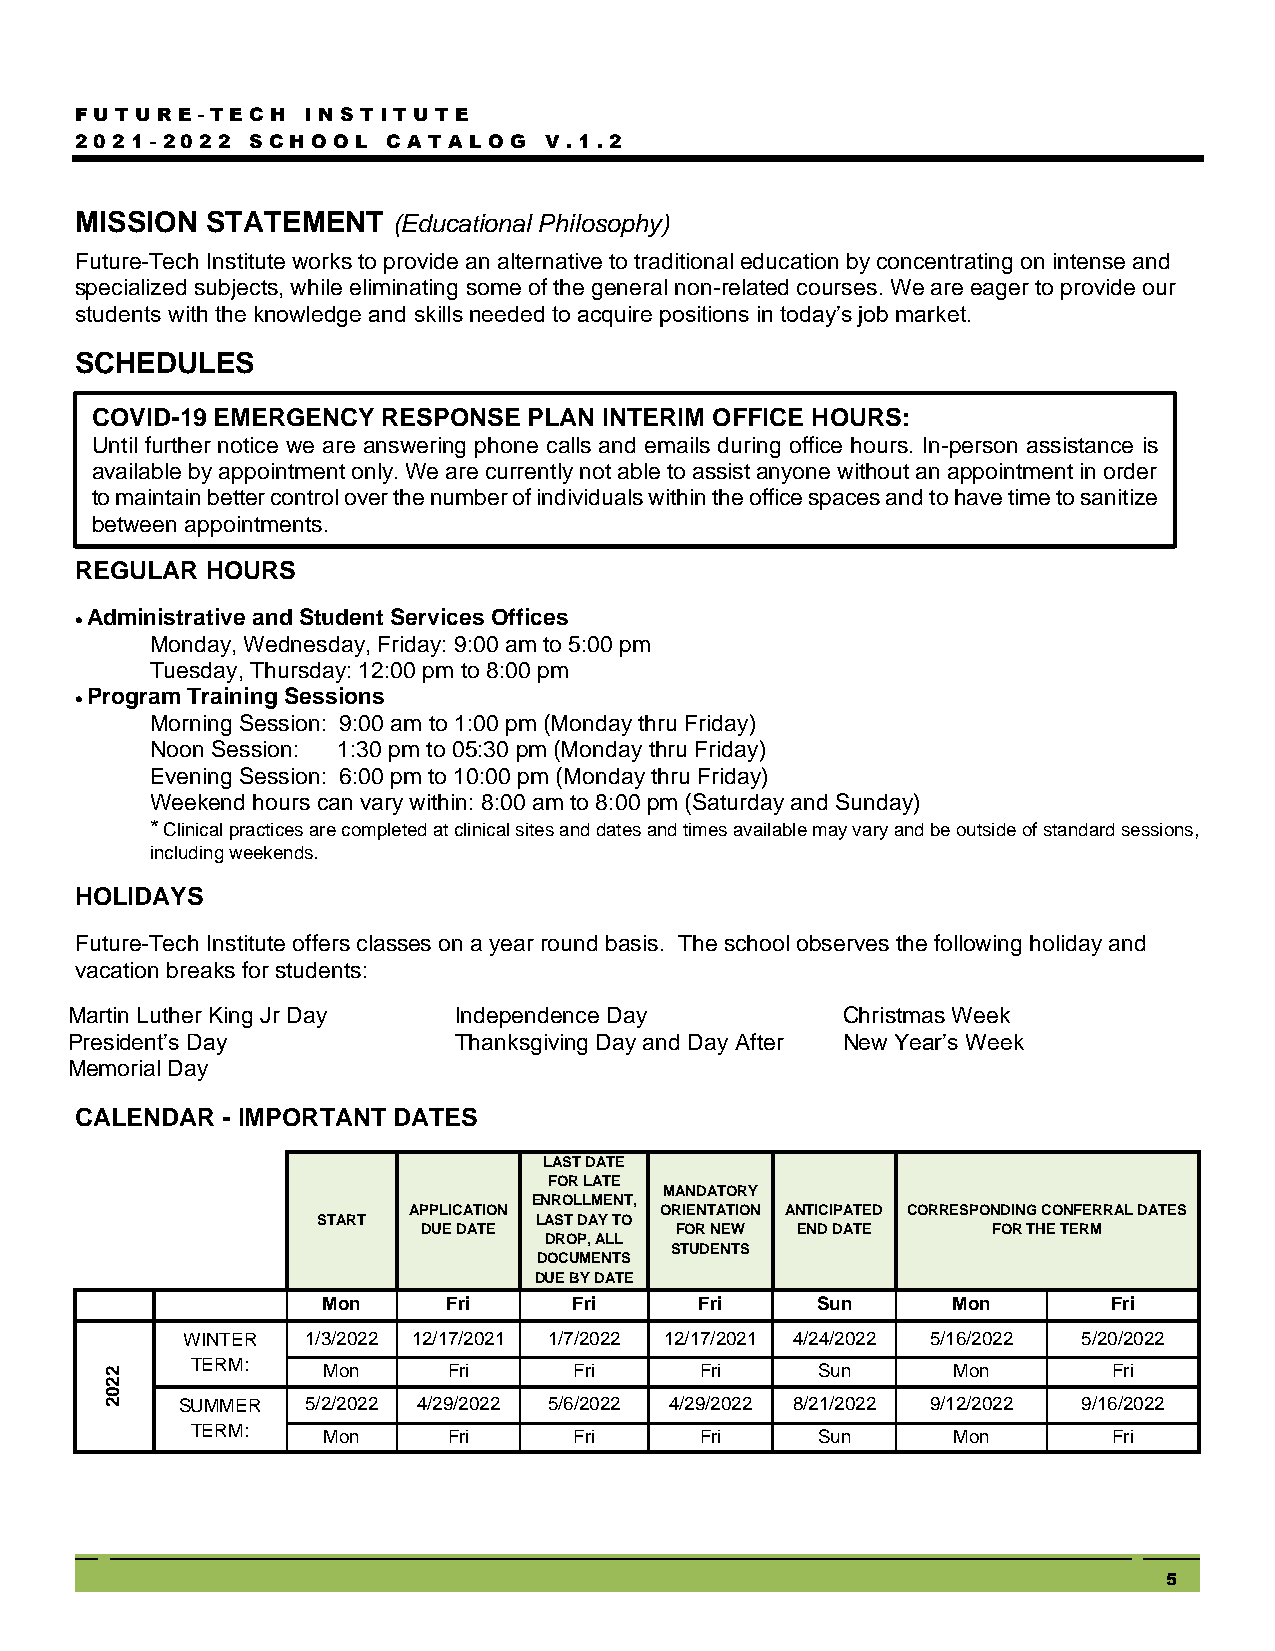
FUTUR  E - TEC H I NSTITU TE
 2021- 2022  SC HOOL  C ATA LOG V .1.2
 MISSION  STATEMENT   (Educational Philosophy)
 Future-Tech Institute works to provide an alternative to traditional education by concentrating on intense and
 specialized subjects, while eliminating some of the general non-related courses. We are eager to provide our
 students with the knowledge and skills needed to acquire positions in today’s job market.
 SCHEDULES
 COVID-19 EMERGENCY RESPONSE  PLAN INTERIM OFFICE HOURS:
 Until further notice we are answering phone calls and emails during office hours. In-person assistance is
 available by appointment only. We are currently not able to assist anyone without an appointment in order
 to maintain better control over the number of individuals within the office spaces and to have time to sanitize
 between appointments.
 REGULAR  HOURS
  Administrative and Student Services Offices
 Monday, Wednesday, Friday: 9:00 am to 5:00 pm
 Tuesday, Thursday: 12:00 pm to 8:00 pm
  Program Training Sessions
 Morning Session: 9:00 am to 1:00 pm (Monday thru Friday)
 Noon Session: 1:30 pm to 05:30 pm (Monday thru Friday)
 Evening Session: 6:00 pm to 10:00 pm (Monday thru Friday)
 Weekend hours can vary within: 8:00 am to 8:00 pm (Saturday and Sunday)
 * Clinical practices are completed at clinical sites and dates and times available may vary and be outside of standard sessions,
 including weekends.
 HOLIDAYS
 Future-Tech Institute offers classes on a year round basis. The school observes the following holiday and
 vacation breaks for students:
 Martin Luther King Jr Day Independence Day          Christmas Week
 President’s Day           Thanksgiving Day and Day After New Year’s Week
 Memorial Day
 CALENDAR  - IMPORTANT DATES
 LAST DATE
 FOR LATE
 MANDATORY
 ENROLLMENT,
 APPLICATION      ORIENTATION ANTICIPATED CORRESPONDING CONFERRAL DATES
 START         LAST DAY TO
 DUE DATE         FOR NEW END DATE     FOR THE TERM
 DROP, ALL
 STUDENTS
 DOCUMENTS
 DUE BY DATE
 Mon      Fri     Fri     Fri     Sun      Mon        Fri
 WINTER  1/3/2022 12/17/2021 1/7/2022 12/17/2021 4/24/2022 5/16/2022 5/20/2022
 2     TERM:   Mon      Fri     Fri     Fri     Sun      Mon        Fri
 2
 0
 2    SUMMER  5/2/2022 4/29/2022 5/6/2022 4/29/2022 8/21/2022 9/12/2022 9/16/2022
 TERM:
 Mon      Fri     Fri     Fri     Sun      Mon        Fri
 5